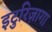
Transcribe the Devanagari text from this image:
इटुरिज़ागा